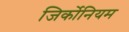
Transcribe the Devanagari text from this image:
जिर्कोनियम